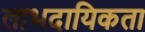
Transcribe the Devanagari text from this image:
लाभदायिकता